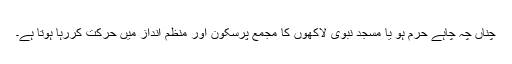
چناں چہ چاہے حرم ہو یا مسجد نبویؐ لاکھوں کا مجمع پُرسکون اور منظم انداز میں حرکت کررہا ہوتا ہے۔